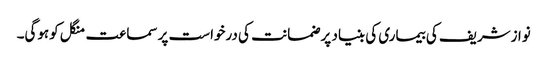
نوازشریف کی بیماری کی بنیاد پر ضمانت کی درخواست پر سماعت منگل کوہوگی۔